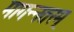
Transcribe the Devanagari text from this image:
मागन्नतरम्